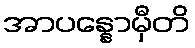
အာပန္နောမှီတိ